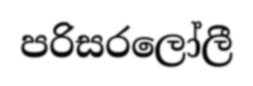
පරිසරලෝලී